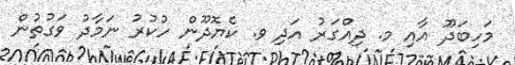
މަހިބަދޫ އާއި މ. ދިއްގަރު އަދި ވ. ކެޔޮދޫން ހުކުރު ނަމާދު ވަގުތުން